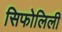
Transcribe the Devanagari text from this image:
सिफोलिली